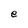
Character: e